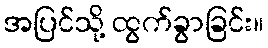
အပြင်သို့ ထွက်ခွာခြင်း။